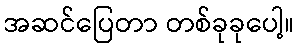
အဆင်ပြေတာ တစ်ခုခုပေါ့။